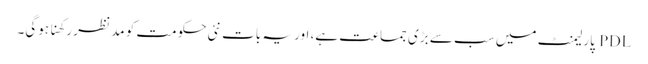
PDL پارلیمنٹ میں سب سے بڑی جماعت ہے، اور یہ بات نئی حکومت کو مد نظر رکھنا ہوگی۔